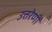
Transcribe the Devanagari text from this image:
उत्तरेणी